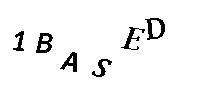
1BASED